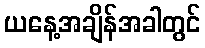
ယနေ့အချိန်အခါတွင်